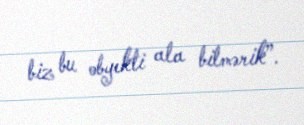
biz bu obyekti ala bilmərik”.